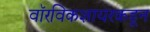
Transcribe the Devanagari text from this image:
वॉरविकशायरकडून